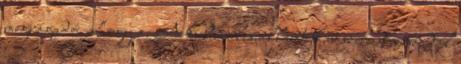
megragadó, ahogy a. A kulturális államtitkár szerint a népdal